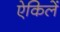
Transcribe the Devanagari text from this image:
ऐकिलें